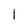
Character: I